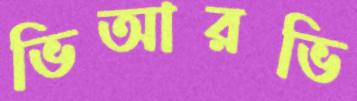
ভিআরভি